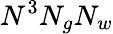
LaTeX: N^{3}N_{g}N_{w}